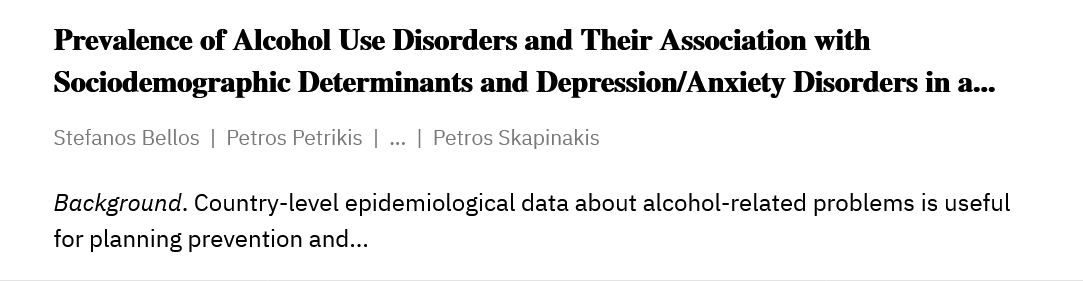
Prevalence  of Alcohol  Use Disorders  and  Their Association  with
     Sociodemographic    Determinants   and  Depression/Anxiety   Disorders  in a...
     Stefanos Bellos | Petros Petrikis |
     ...
     | Petros Skapinakis
     Background. Country-level epidemiological data about alcohol-related problems is useful
     for planning prevention and...